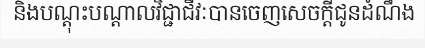
និងបណ្តុះបណ្តាលវិជ្ជាជីវៈបានចេញសេចក្តីជូនដំណឹង